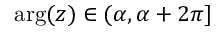
\arg ( z ) \in ( \alpha , \alpha + 2 \pi ] \protect